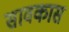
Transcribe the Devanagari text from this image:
सावकास